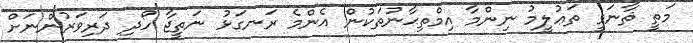
މަތީ ޘާނަވީ ތަޢުލީމު ނިންމާ އިމްތިޙާނުތަކުން އެންމެ ރަނގަޅު ނަތީޖާ ހޯދި ދަރިވަރުންނަށް